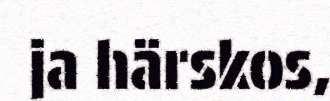
ja härskos,